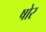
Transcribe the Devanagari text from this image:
षोर